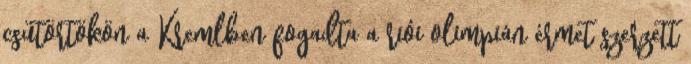
csütörtökön a Kremlben fogadta a riói olimpián érmet szerzett